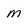
Character: m